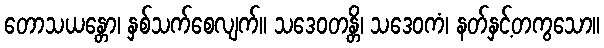
တောသယန္တော၊ နှစ်သက်စေလျက်။ သဒေဝတန္တိ၊ သဒေဝကံ၊ နတ်နှင့်တကွသော။